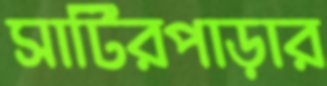
সাটিরপাড়ার